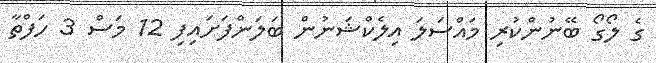
ގެ ލޯގޯ ބޭނުންކުރި މައްސަލަ އިލެކްޝަނުން ބަލަންފަށައިފި 12 މަސް 3 ހަފްތާ